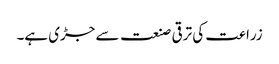
زراعت کی ترقی صنعت سے جڑی ہے۔